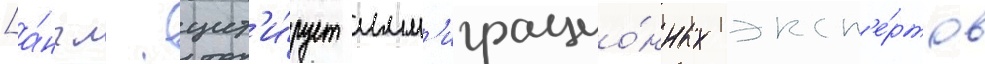
[а́нгл. цит'и́рует имм'играцио́нных эксп'е́ртов